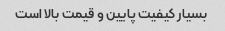
بسیار کیفیت پایین و قیمت بالا است